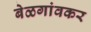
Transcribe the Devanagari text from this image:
बेळगांवकर